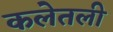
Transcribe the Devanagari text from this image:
कलेतली